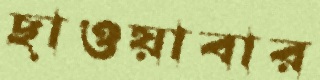
ছাওয়াবার